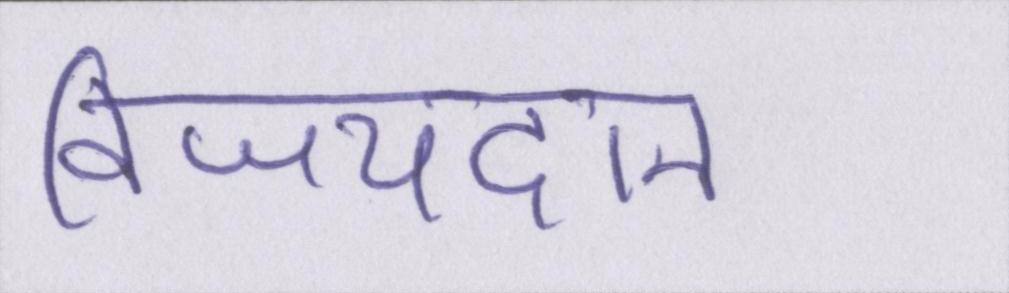
विजयदान